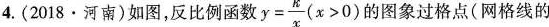
4.(2018·河南)如图，反比例函数 $$ y = \frac{k}{x}(x>0) $$ 的图象过格点(网格线的